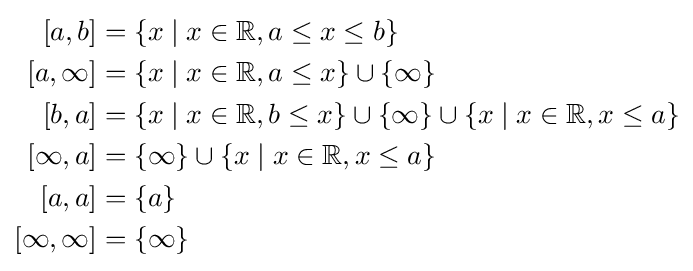
{\begin{aligned}\left[a,b\right]&=\lbrace x\mid x\in \mathbb {R} ,a\leq x\leq b\rbrace \\\left[a,\infty \right]&=\lbrace x\mid x\in \mathbb {R} ,a\leq x\rbrace \cup \lbrace \infty \rbrace \\\left[b,a\right]&=\lbrace x\mid x\in \mathbb {R} ,b\leq x\rbrace \cup \lbrace \infty \rbrace \cup \lbrace x\mid x\in \mathbb {R} ,x\leq a\rbrace \\\left[\infty ,a\right]&=\lbrace \infty \rbrace \cup \lbrace x\mid x\in \mathbb {R} ,x\leq a\rbrace \\\left[a,a\right]&=\{a\}\\\left[\infty ,\infty \right]&=\lbrace \infty \rbrace \end{aligned}}